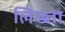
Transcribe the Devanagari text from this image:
लिख्ता